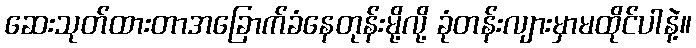
ဆေးသုတ်ထားတာအခြောက်ခံနေတုန်းမို့လို့ ခုံတန်းလျားမှာမထိုင်ပါနဲ့။